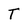
Character: T